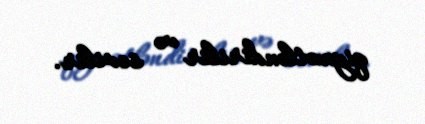
qiymətləndirilir və sevilir.